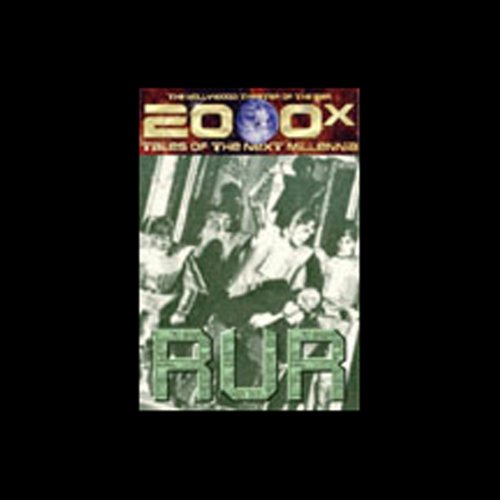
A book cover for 2000x: R.U.R. (Dramatized); Karel Capek; Literature & Fiction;